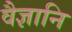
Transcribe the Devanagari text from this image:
वैज्ञानि